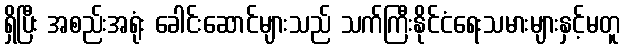
ရှိပြီး အစည်းအရုံး ခေါင်းဆောင်များသည် သက်ကြီးနိုင်ငံရေးသမားများနှင့်မတူ